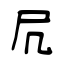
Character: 凥